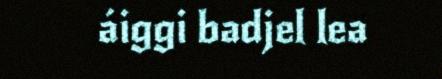
áiggi badjel lea